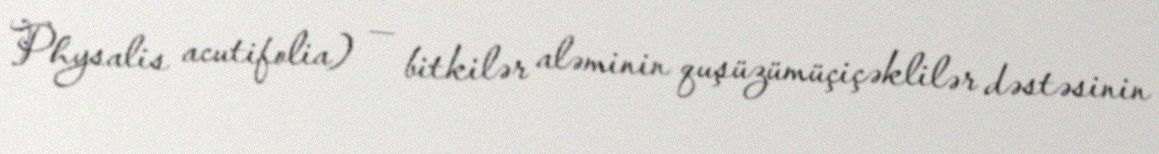
Physalis acutifolia) — bitkilər aləminin quşüzümüçiçəklilər dəstəsinin